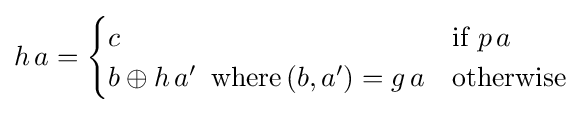
h\,a={\begin{cases}c&{\mbox{if }}p\,a\\b\oplus h\,a'\,\,\,{\mbox{where}}\,(b,a')=g\,a&{\mbox{otherwise}}\end{cases}}